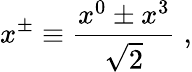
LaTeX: x^{\pm}\equiv{\frac{x^{0}\pm x^{3}}{\sqrt{2}}}\; ,